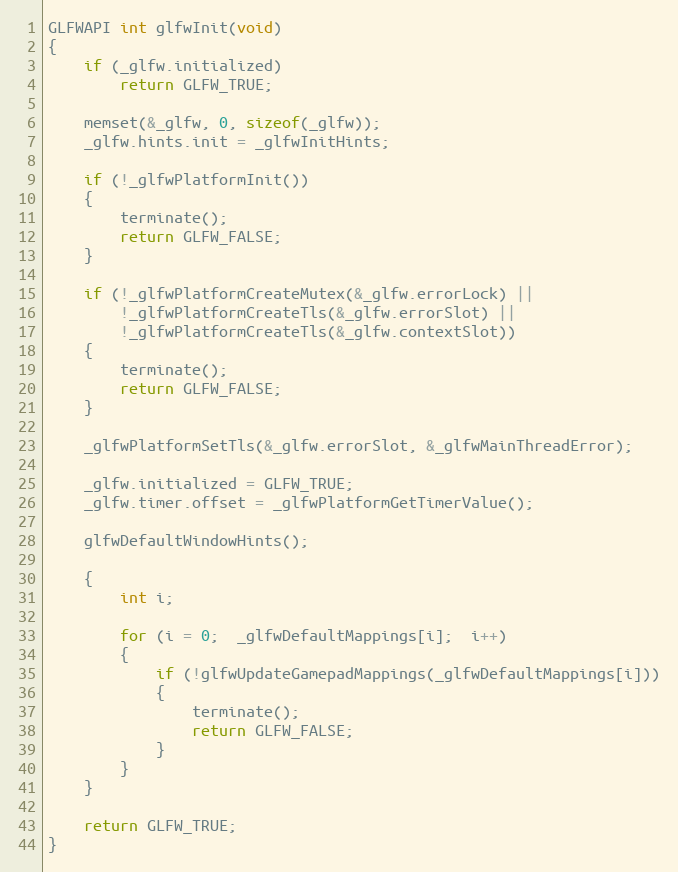
Language: C
GLFWAPI int glfwInit(void)
{
    if (_glfw.initialized)
        return GLFW_TRUE;

    memset(&_glfw, 0, sizeof(_glfw));
    _glfw.hints.init = _glfwInitHints;

    if (!_glfwPlatformInit())
    {
        terminate();
        return GLFW_FALSE;
    }

    if (!_glfwPlatformCreateMutex(&_glfw.errorLock) ||
        !_glfwPlatformCreateTls(&_glfw.errorSlot) ||
        !_glfwPlatformCreateTls(&_glfw.contextSlot))
    {
        terminate();
        return GLFW_FALSE;
    }

    _glfwPlatformSetTls(&_glfw.errorSlot, &_glfwMainThreadError);

    _glfw.initialized = GLFW_TRUE;
    _glfw.timer.offset = _glfwPlatformGetTimerValue();

    glfwDefaultWindowHints();

    {
        int i;

        for (i = 0;  _glfwDefaultMappings[i];  i++)
        {
            if (!glfwUpdateGamepadMappings(_glfwDefaultMappings[i]))
            {
                terminate();
                return GLFW_FALSE;
            }
        }
    }

    return GLFW_TRUE;
}